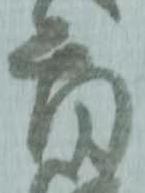
首